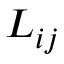
L _ { i j }